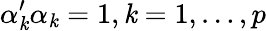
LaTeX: \alpha_{\mathit{k}}^{\prime}\alpha_{\mathit{k}}=1,\mathit{k}=1,\dots,p